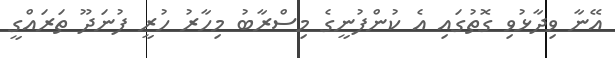
އޭނާ ވިދާޅުވި ގޮތުގައި އެ ކުންފުނީގެ މިސްރާބު މިހާރު ހުރީ ފުނަދޫ ތަރައްގީ